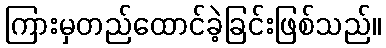
ကြားမှတည်ထောင်ခဲ့ခြင်းဖြစ်သည်။